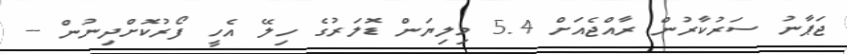
ޖަޕާނު ސަރުކާރުން ރާއްޖެއަށް 5.4 މިލިޔަން ޑޮލަރުގެ ހިލޭ އެހީ ފޯރުކޮށްދިނުން --